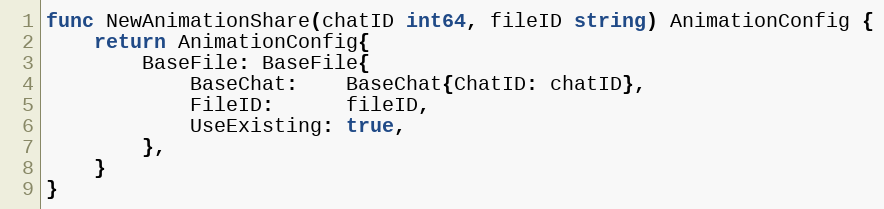
Language: Go
func NewAnimationShare(chatID int64, fileID string) AnimationConfig {
	return AnimationConfig{
		BaseFile: BaseFile{
			BaseChat:    BaseChat{ChatID: chatID},
			FileID:      fileID,
			UseExisting: true,
		},
	}
}